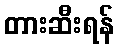
တားဆီးရန်